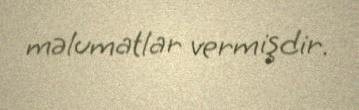
məlumatlar vermişdir.